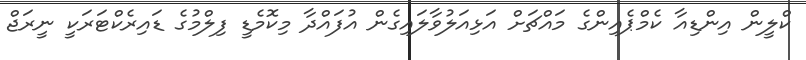
ކްލީން އިންޑިއާ ކެމްޕެއިންގެ މައްޗަށް އަޅިއަލުވާލައިގެން އުފައްދާ މިކޮމެޑީ ފިލްމުގެ ޑައިރެކްޓަރަކީ ނީރަޖް